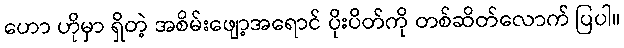
ဟော ဟိုမှာ ရှိတဲ့ အစိမ်းဖျော့အရောင် ပိုးပိတ်ကို တစ်ဆိတ်လောက် ပြပါ။